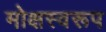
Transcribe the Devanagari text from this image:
मोक्षस्वरूप